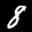
Label: 8